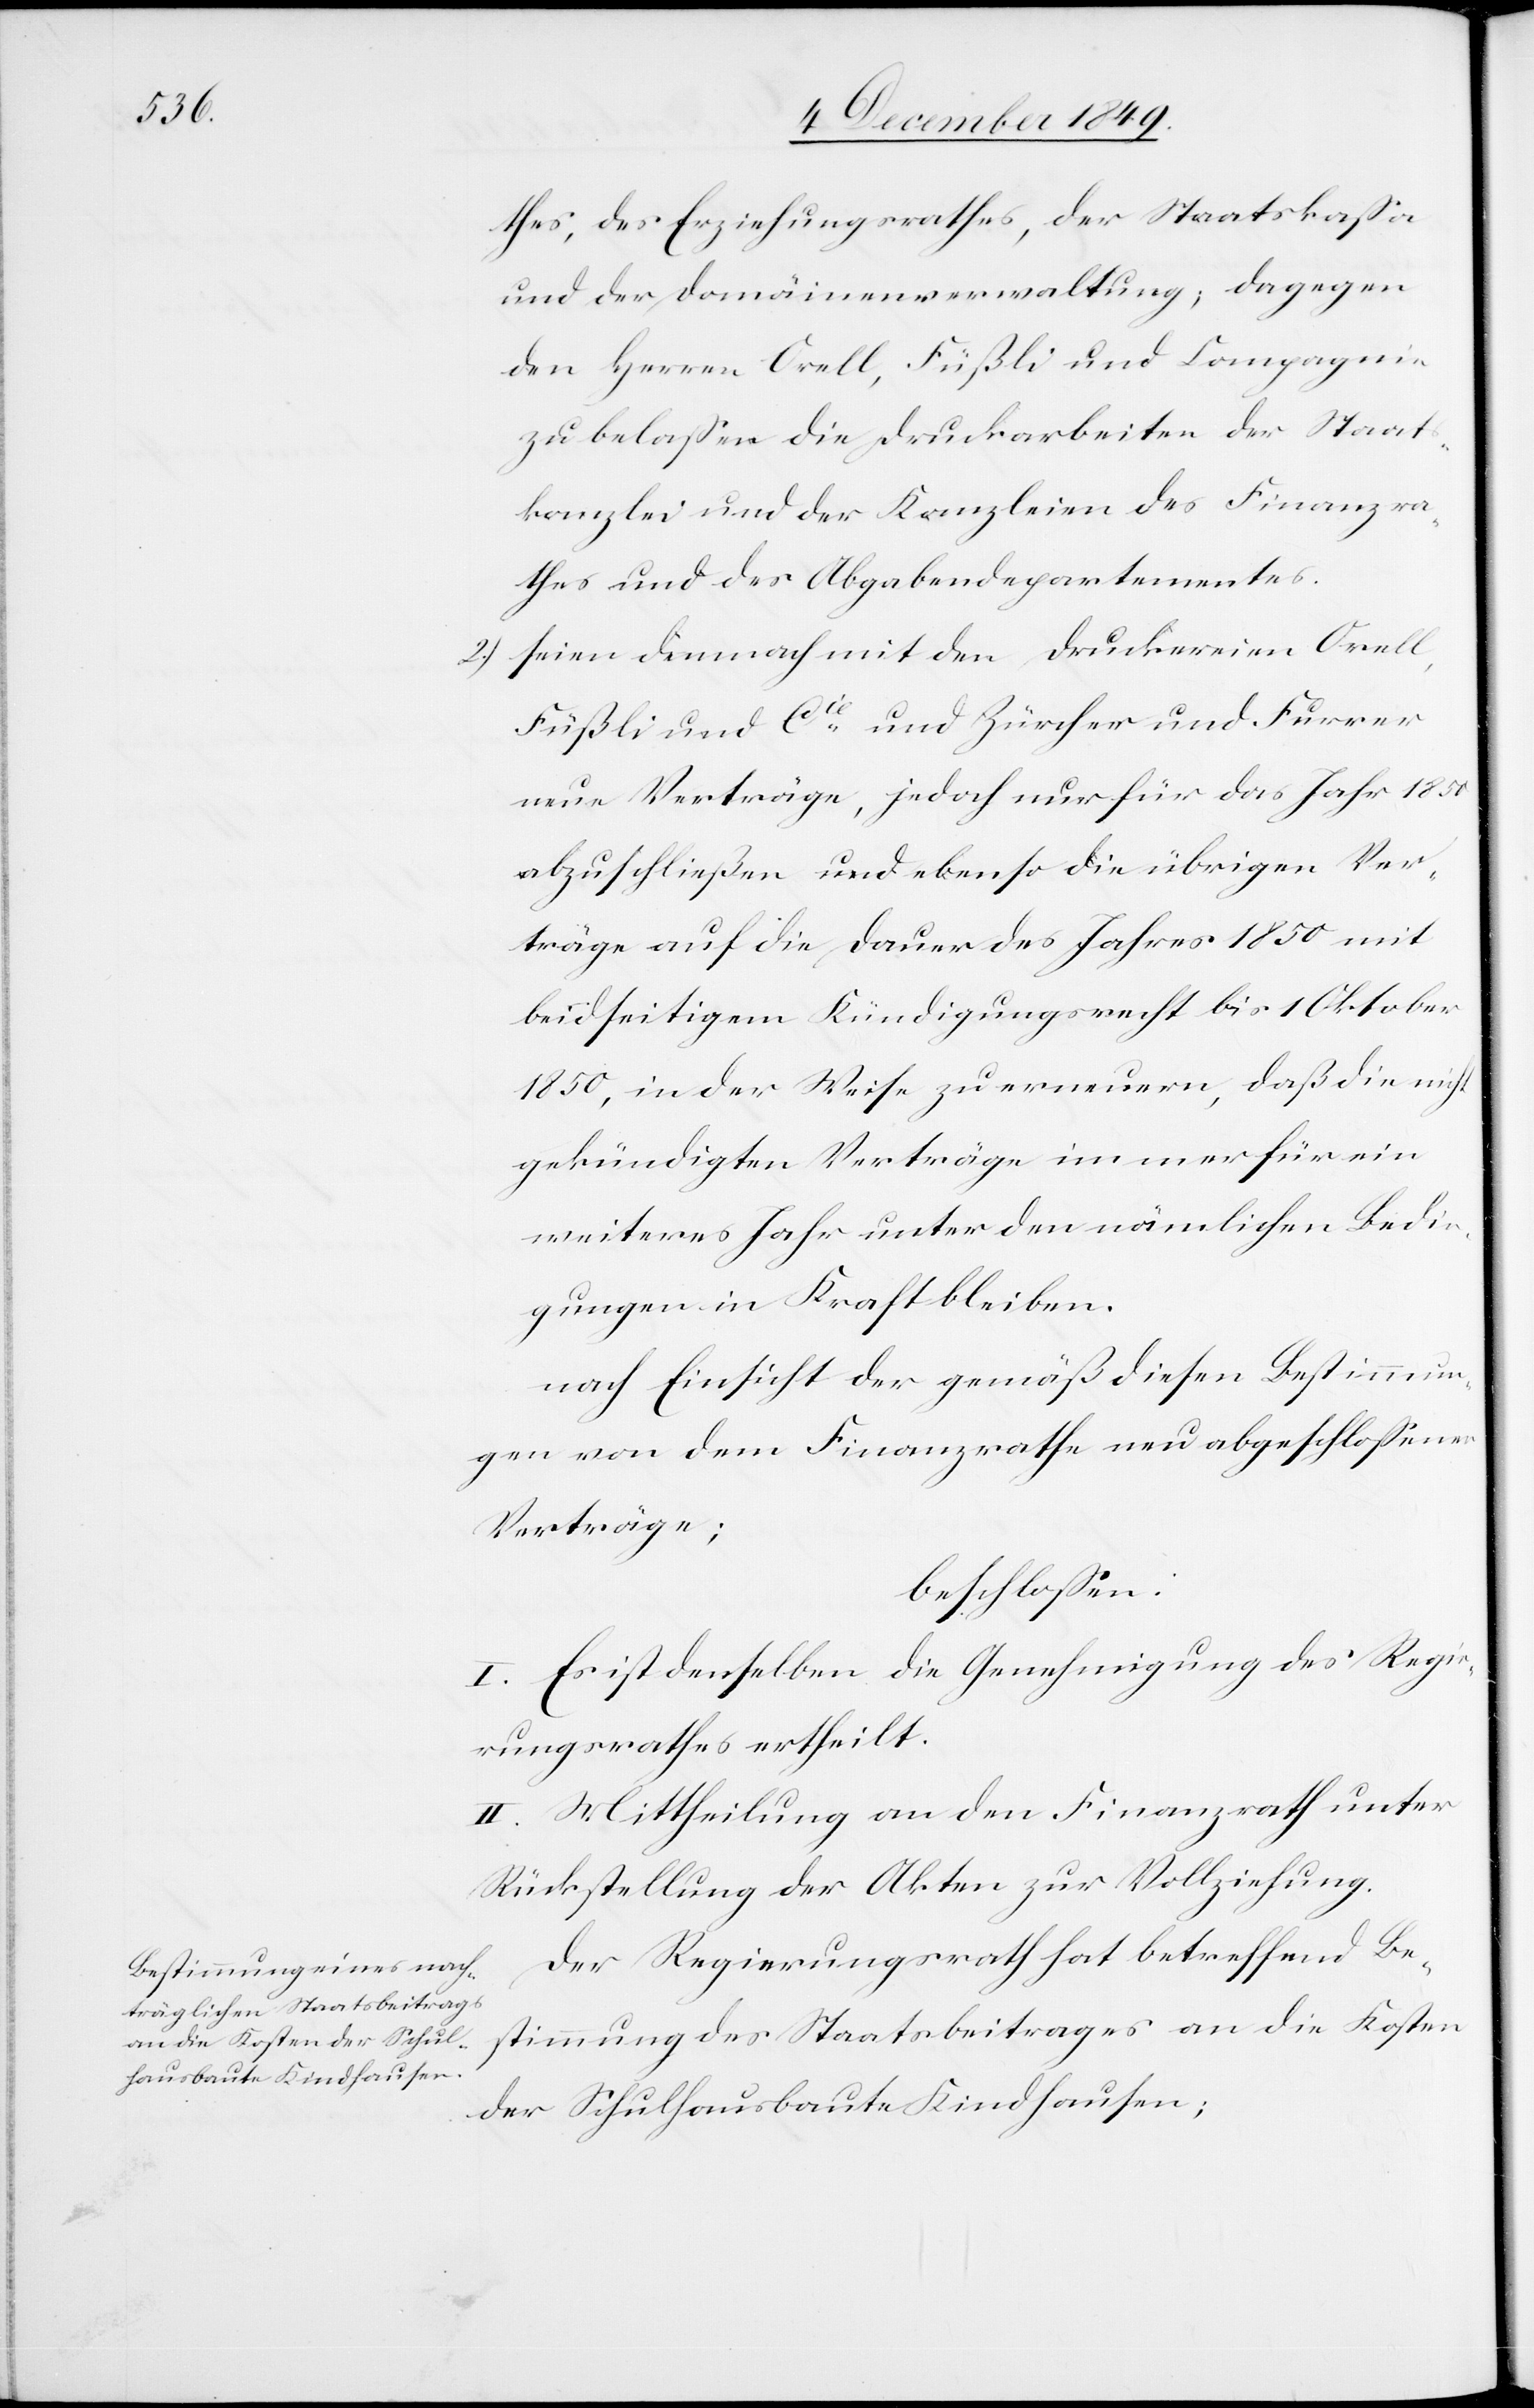
2.)

thes, des Erziehungsrathes, der Staatskaßa
und der Domäinenverwaltung; dagegen
den Herrn Orell, Füßli und Compagnie
zu belaßen die Druckarbeiten der Staats¬
kanzlei und der Kanzleien des Finanzra¬
thes und des Abgabendepartementes.
seien demnach mit den Druckereien Orell,
Füßli und Cie und Zürcher und Furrer
neue Verträge, jedoch nur für das Jahr 1850
abzuschließen und ebenso die übrigen Ver¬
träge auf die Dauer des Jahres 1850 mit
beidseitigem Kündigungsrecht bis 1 Oktober
1850, in der Weise zu erneuern, daß die nicht
gekündigten Verträge immer für ein
weiteres Jahr unter den nämlichen Bedin¬
gungen in Kraft bleiben.
nach Einsicht der gemäß diesen Bestimmun¬
gen von dem Finanzrathe neu abgeschloßenen
Verträge;
beschloßen:
I. Es ist denselben die Genehmigung des Regie¬
rungsrathes ertheilt.
II. Mittheilung an den Finanzrath unter
Rückstellung der Akten zur Vollziehung.
Der Regierungsrath hat betreffend Be¬
stimmung des Staatsbeitrages an die Kosten
der Schulhausbaute Kindhausen;